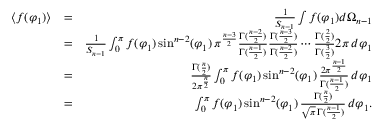
\begin{array} { r l r } { \langle f ( \varphi _ { 1 } ) \rangle } & { = } & { \frac { 1 } { S _ { n - 1 } } \int f ( \varphi _ { 1 } ) d \Omega _ { n - 1 } } \\ & { = } & { \frac { 1 } { S _ { n - 1 } } \int _ { 0 } ^ { \pi } f ( \varphi _ { 1 } ) \sin ^ { n - 2 } ( \varphi _ { 1 } ) \, \pi ^ { \frac { n - 3 } { 2 } } \frac { \Gamma ( \frac { n - 2 } { 2 } ) } { \Gamma ( \frac { n - 1 } { 2 } ) } \frac { \Gamma ( \frac { n - 3 } { 2 } ) } { \Gamma ( \frac { n - 2 } { 2 } ) } \cdots \frac { \Gamma ( \frac { 2 } { 2 } ) } { \Gamma ( \frac { 3 } { 2 } ) } 2 \pi \, d \varphi _ { 1 } } \\ & { = } & { \frac { \Gamma ( \frac { n } { 2 } ) } { 2 \pi ^ { \frac { n } { 2 } } } \int _ { 0 } ^ { \pi } f ( \varphi _ { 1 } ) \sin ^ { n - 2 } ( \varphi _ { 1 } ) \, \frac { 2 \pi ^ { \frac { n - 1 } { 2 } } } { \Gamma ( \frac { n - 1 } { 2 } ) } \, d \varphi _ { 1 } } \\ & { = } & { \int _ { 0 } ^ { \pi } f ( \varphi _ { 1 } ) \sin ^ { n - 2 } ( \varphi _ { 1 } ) \, \frac { \Gamma ( \frac { n } { 2 } ) } { \sqrt { \pi } \, \Gamma ( \frac { n - 1 } { 2 } ) } \, d \varphi _ { 1 } . } \end{array}